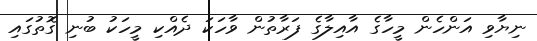
ނިޔާވި އަންހެން މީހާގެ އާއިލާގެ ފަރާތުން ވާހަކަ ދެއްކި މީހަކު ބުނި ގޮތުގައި